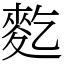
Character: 麧